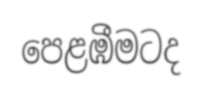
පෙළඹීමටද